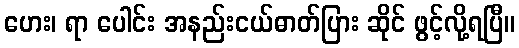
ဟေး၊ ရာ ပေါင်း အနည်းငယ်ဓာတ်ပြား ဆိုင် ဖွင့်လို့ရပြီ။